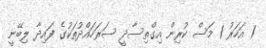
1 އަހަރު 1 މަސް ކުރިން އިގްތިސާދީ ސަރަހައްދުތަކުގެ ފައިދާ ލިބޭނީ